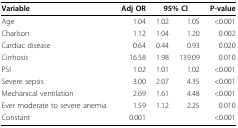
| Variable | Adj OR | <COLSPAN=2> 95% CI | P-value |
 | --- | --- | --- | --- | --- |
 | Age | 1.04 | 1.02 | 1.05 | <0.001 |
 | Charlson | 1.12 | 1.04 | 1.20 | 0.002 |
 | Cardiac disease | 0.64 | 0.44 | 0.93 | 0.020 |
 | Cirrhosis | 16.58 | 1.98 | 139.09 | 0.010 |
 | PSI | 1.02 | 1.01 | 1.02 | <0.001 |
 | Severe sepsis | 3.00 | 2.07 | 4.35 | <0.001 |
 | Mechanical ventilation | 2.69 | 1.61 | 4.48 | <0.001 |
 | Ever moderate to severe anemia | 1.59 | 1.12 | 2.25 | 0.010 |
 | Constant | 0.001 |  |  | <0.001 |